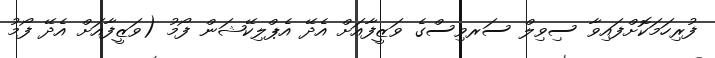
ފުރިހަމަކޮށްފައިވާ ސިވިލް ސަރވިސްގެ ވަޒީފާއަށް އެދޭ އެޕްލިކޭޝަން ފޯމު (ވަޒީފާއަށް އެދޭ ފޯމު